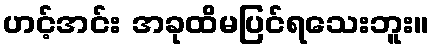
ဟင့်အင်း အခုထိမပြင်ရသေးဘူး။